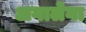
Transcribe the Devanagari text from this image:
अगालेगा